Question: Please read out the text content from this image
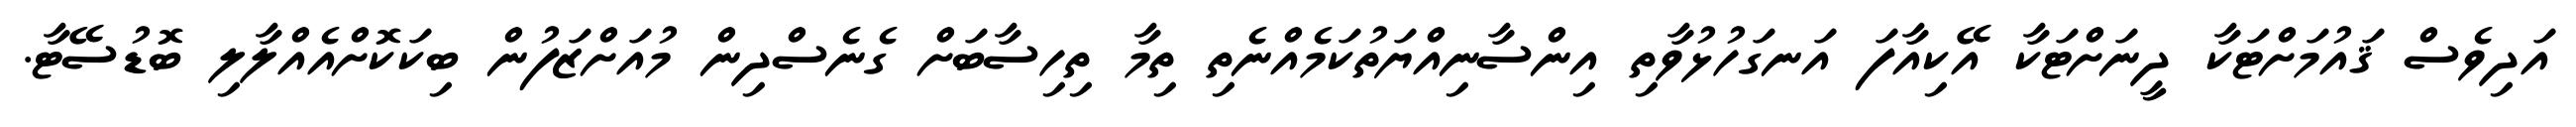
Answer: އަދިވެސް ޤައުމަށްޓަކާ ދީނަށްޓަކާ އޭކިއާފަ އަނގަހުޅުވާތި އިންސާނިއްޔަތުކަމެއްނެތި ތިމާ ތިހިސާބަށް ގެނެސްދިން މުއަށްޒަފުން ބިކަކޮށްއެއްލާލި ބޮޑުސޭޓާ.